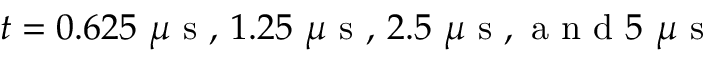
t = 0 . 6 2 5 ~ \mu \mathrm { ~ s ~ , ~ } 1 . 2 5 ~ \mu \mathrm { ~ s ~ , ~ } 2 . 5 ~ \mu \mathrm { ~ s ~ , ~ a ~ n ~ d ~ } 5 ~ \mu \mathrm { ~ s ~ }